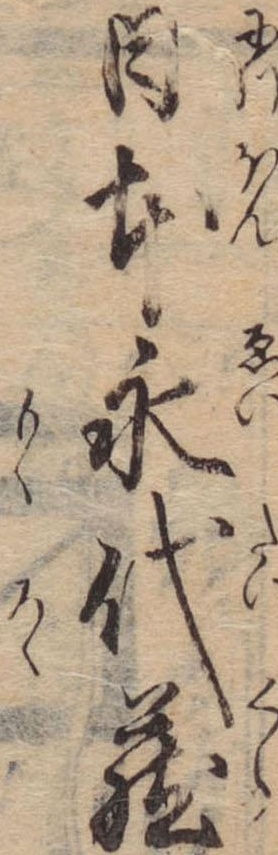
日本永代蔵